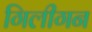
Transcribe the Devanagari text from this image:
गिलीगन